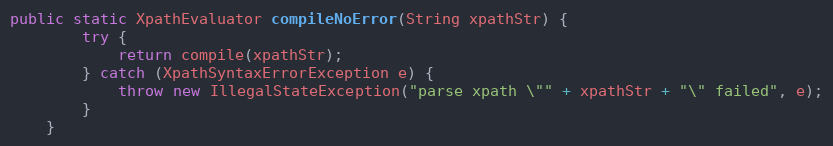
Language: Java
public static XpathEvaluator compileNoError(String xpathStr) {
        try {
            return compile(xpathStr);
        } catch (XpathSyntaxErrorException e) {
            throw new IllegalStateException("parse xpath \"" + xpathStr + "\" failed", e);
        }
    }